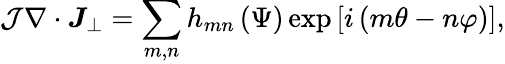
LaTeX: \mathcal{J}\nabla\cdot\boldsymbol{J}_{\perp}=\sum_{m,n}h_{mn}\left(\Psi\right)\exp\left[i\left(m\theta-n\varphi\right)\right],